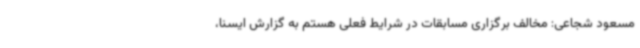
مسعود شجاعی: مخالف برگزاری مسابقات در شرایط فعلی هستم به گزارش ایسنا،